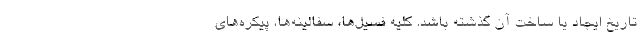
تاریخ ایجاد یا ساخت آن گذشته باشد. کلیه فسیل‌ها، سفالینه‌ها، پیکره‌های